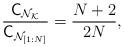
LaTeX: \begin{align*}\frac{\mathsf{C}_{\mathcal{N}_{\mathcal{K}}} }{{\mathsf{C}}_{\mathcal{N}_{[1:N]}}} = \frac{N+2}{2N},\end{align*}